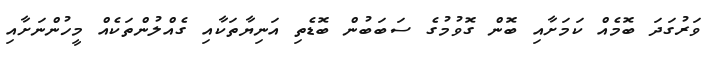
ވަރުގަދަ ބޮމެއް ކަމަށާއި ބޮން ގޮވުމުގެ ސަބަބުން ބޮޑެތި އަނިޔާތަކާއި ގެއްލުންތަކެއް މީހުންނަށާއި